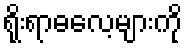
ရိုးရာဓလေ့များကို